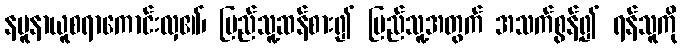
နမူနာယူစရာကောင်းလှ၏၊ ပြည်သူ့ဆန်စား၍ ပြည်သူ့အတွက် အသက်စွန့်၍ ရန်သူကို